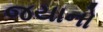
જયાનો